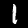
Digit: 1